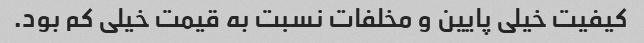
کیفیت خیلی پایین و مخلفات نسبت به قیمت خیلی کم بود.